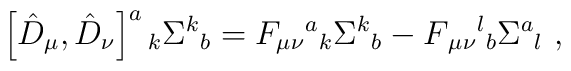
\left[\hat{D}_{\mu},\hat{D}_{\nu}\right]^{a}{}_{k}\Sigma^{k}{}_{b}	= F_{\mu\nu}{}^{a}{}_{k}\Sigma^{k}{}_{b}	- F{}_{\mu\nu}{}^{l}{}_{b}\Sigma^{a}{}_{l}\ ,